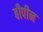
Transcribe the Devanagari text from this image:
बीपीन